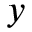
y